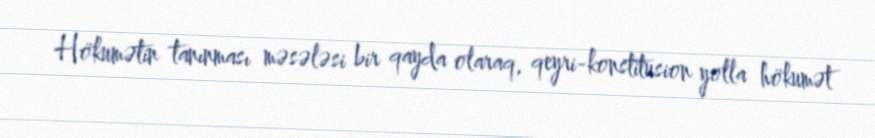
Hökumətin tanınması məsələsi bir qayda olaraq, qeyri-konstitusion yolla hökumət